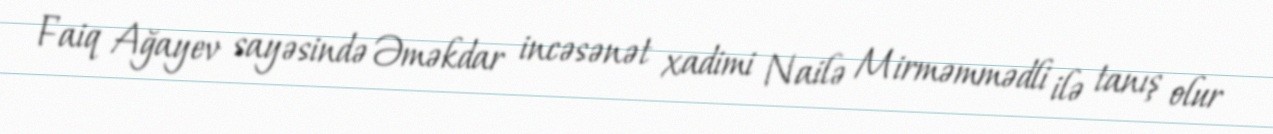
Faiq Ağayev sayəsində Əməkdar incəsənət xadimi Nailə Mirməmmədli ilə tanış olur